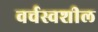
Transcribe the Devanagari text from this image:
वर्चस्वशील